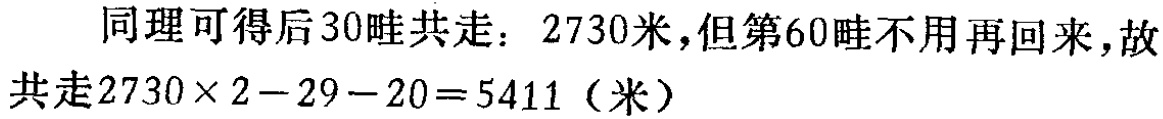
同理可得后30畦共走：2730米,但第60畦不用再回来,故

共走\(2730\times 2 - 29 - 20 = 5411\)（米）